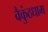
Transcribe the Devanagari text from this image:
वैकुंठधाम